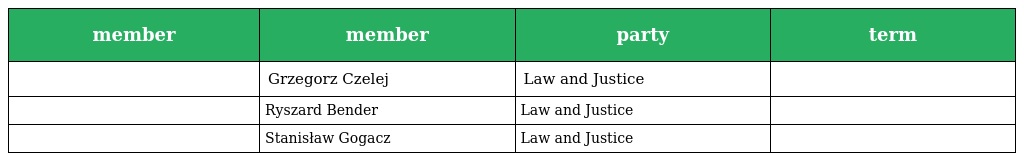
| member | member | party | term |
 | --- | --- | --- | --- |
 |  | Grzegorz Czelej | Law and Justice |  |
 |  | Ryszard Bender | Law and Justice |  |
 |  | Stanisław Gogacz | Law and Justice |  |